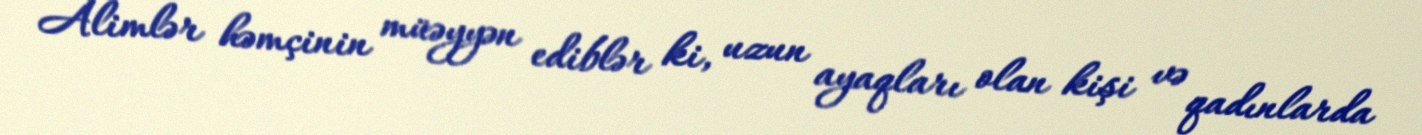
Alimlər həmçinin müəyyən ediblər ki, uzun ayaqları olan kişi və qadınlarda